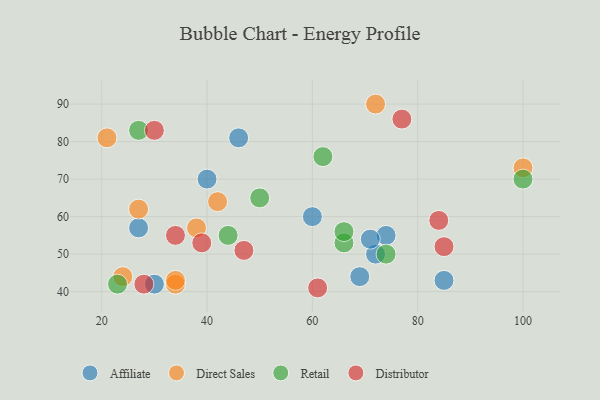
{"axis": {"x": "GDP", "y": "Life Expectancy"}, "legend": ["Affiliate", "Direct Sales", "Distributor", "Retail"], "data": [{"x": "40", "y": 70, "type": "Affiliate"}, {"x": "46", "y": 81, "type": "Affiliate"}, {"x": "27", "y": 57, "type": "Affiliate"}, {"x": "74", "y": 55, "type": "Affiliate"}, {"x": "72", "y": 50, "type": "Affiliate"}, {"x": "85", "y": 43, "type": "Affiliate"}, {"x": "30", "y": 42, "type": "Affiliate"}, {"x": "71", "y": 54, "type": "Affiliate"}, {"x": "60", "y": 60, "type": "Affiliate"}, {"x": "69", "y": 44, "type": "Affiliate"}, {"x": "34", "y": 42, "type": "Direct Sales"}, {"x": "27", "y": 62, "type": "Direct Sales"}, {"x": "34", "y": 43, "type": "Direct Sales"}, {"x": "24", "y": 44, "type": "Direct Sales"}, {"x": "38", "y": 57, "type": "Direct Sales"}, {"x": "42", "y": 64, "type": "Direct Sales"}, {"x": "21", "y": 81, "type": "Direct Sales"}, {"x": "72", "y": 90, "type": "Direct Sales"}, {"x": "100", "y": 73, "type": "Direct Sales"}, {"x": "23", "y": 42, "type": "Retail"}, {"x": "44", "y": 55, "type": "Retail"}, {"x": "100", "y": 70, "type": "Retail"}, {"x": "74", "y": 50, "type": "Retail"}, {"x": "27", "y": 83, "type": "Retail"}, {"x": "66", "y": 53, "type": "Retail"}, {"x": "62", "y": 76, "type": "Retail"}, {"x": "66", "y": 56, "type": "Retail"}, {"x": "50", "y": 65, "type": "Retail"}, {"x": "34", "y": 55, "type": "Distributor"}, {"x": "28", "y": 42, "type": "Distributor"}, {"x": "77", "y": 86, "type": "Distributor"}, {"x": "84", "y": 59, "type": "Distributor"}, {"x": "61", "y": 41, "type": "Distributor"}, {"x": "30", "y": 83, "type": "Distributor"}, {"x": "47", "y": 51, "type": "Distributor"}, {"x": "85", "y": 52, "type": "Distributor"}, {"x": "39", "y": 53, "type": "Distributor"}]}